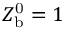
Z _ { \mathrm { b } } ^ { \mathrm { 0 } } = 1